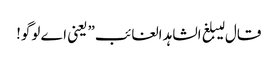
قال لیبلغ الشاہد الغائب” یعنی اے لوگو!